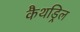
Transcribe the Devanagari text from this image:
कैथड्रिल